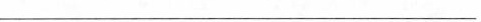
___